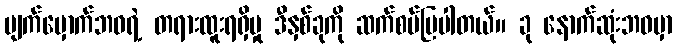
မျက်မှောက်ဘဝရဲ့ တရားထူးရရှိမှု ဒီနှစ်ခုကို ဆက်စပ်ပြပါတယ်။ ခု နောက်ဆုံးဘဝမှာ